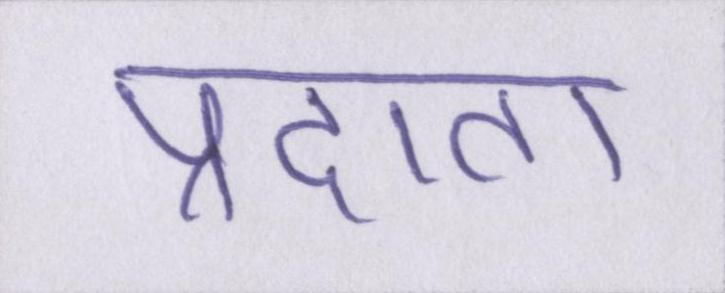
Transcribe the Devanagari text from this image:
प्रदाता